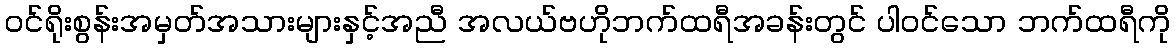
ဝင်ရိုးစွန်းအမှတ်အသားများနှင့်အညီ အလယ်ဗဟိုဘက်ထရီအခန်းတွင် ပါဝင်သော ဘက်ထရီကို